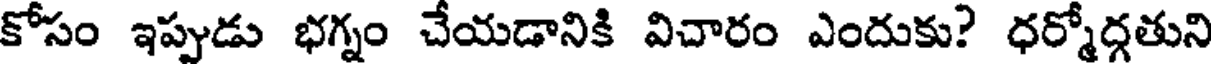
కోసం ఇప్పుడు భగ్నం చేయడానికి విచారం ఎందుకు? ధర్మోద్గతుని